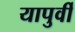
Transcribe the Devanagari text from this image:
यापुर्वी